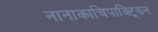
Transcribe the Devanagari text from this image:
नानाकाचिपाक्ट्झिन